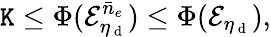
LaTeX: \mathtt{K}\leq\Phi(\mathcal{{E}}_{\eta_{\mathrm{{~d~}}}}^{\bar{{n}}_{e}})\leq\Phi(\mathcal{{E}}_{\eta_{\mathrm{{~d~}}}}),